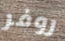
روفر